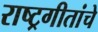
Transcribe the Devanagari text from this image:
राष्ट्रगीतांचे